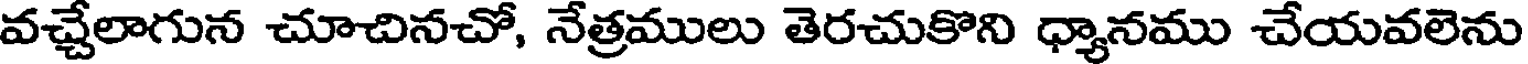
వచ్చేలాగున చూచినచో, నేత్రములు తెరచుకొని ధ్యానము చేయవలెను